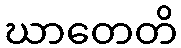
ဃာတေတိ